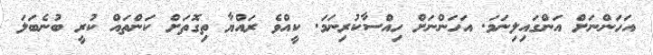
އަހަންނަށް އަންގައިލިނަމަ. އަހަންނަށް ހިއްސާކުރިނަމަ. ކީއްވެ ރައްޔާ ތިގޮތަށް ކަންތައް ކުރީ ބުނެބަލަ